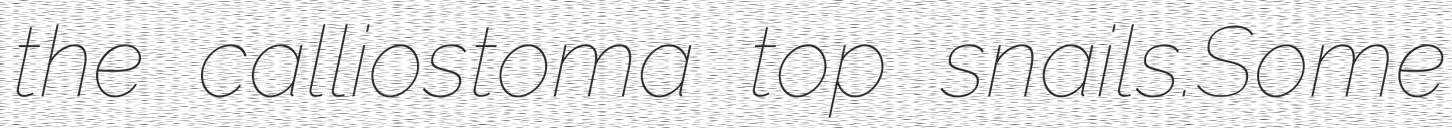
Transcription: the calliostoma top snails.Some